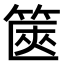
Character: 篋